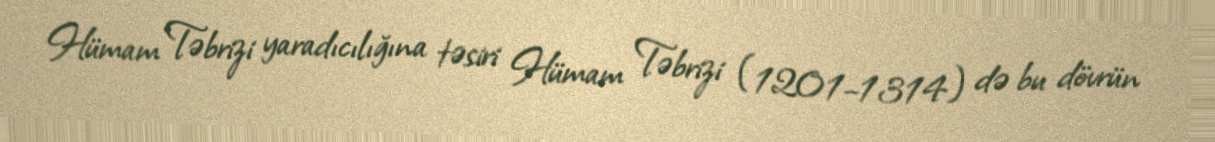
Hümam Təbrizi yaradıcılığına təsiri Hümam Təbrizi (1201–1314) də bu dövrün